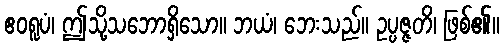
ဧဝရူပံ၊ ဤသို့သဘောရှိသော။ ဘယံ၊ ဘေးသည်။ ဥပ္ပဇ္ဇတိ၊ ဖြစ်၏။